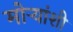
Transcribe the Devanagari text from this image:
मोर्‍यांशी